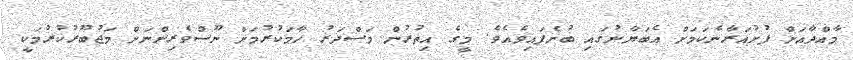
މާއްދާއަށް ފުށުއަރާނެކަމަށް އެބަޔާނުގައި ބުނެފައިވެއެވެ. މީގެ އިތުރުން މަސްދަރު ހާމަކުރުމަށް ނޫސްވެރިންނަށް މަޖުބޫރުކުރުމަކީ